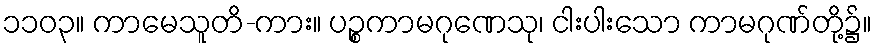
၁၁၀၃။ ကာမေသူတိ-ကား။ ပဉ္စကာမဂုဏေသု၊ ငါးပါးသော ကာမဂုဏ်တို့၌။